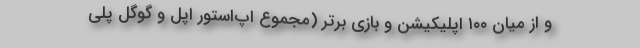
و از میان ۱۰۰ اپلیکیشن و بازی برتر (مجموع اپ‌استور اپل و گوگل پلی